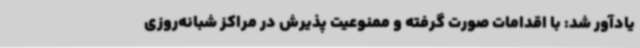
یادآور شد: با اقدامات صورت گرفته و ممنوعیت پذیرش در مراکز شبانه‌روزی